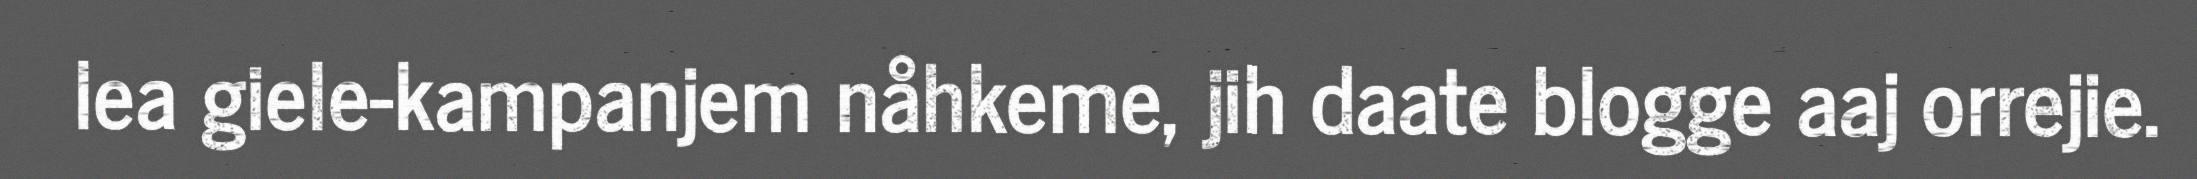
lea giele-kampanjem nåhkeme, jih daate blogge aaj orrejie.